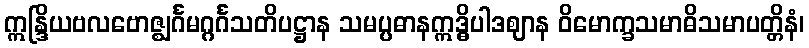
ဣန္ဒြိယဗလဗောဇ္ဈင်္ဂမဂ္ဂင်္ဂသတိပဋ္ဌာန သမပ္ပဓာနဣဒ္ဓိပါဒဈာန ဝိမောက္ခသမာဓိသမာပတ္တိနံ၊